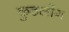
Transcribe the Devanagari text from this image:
कुठलोंग